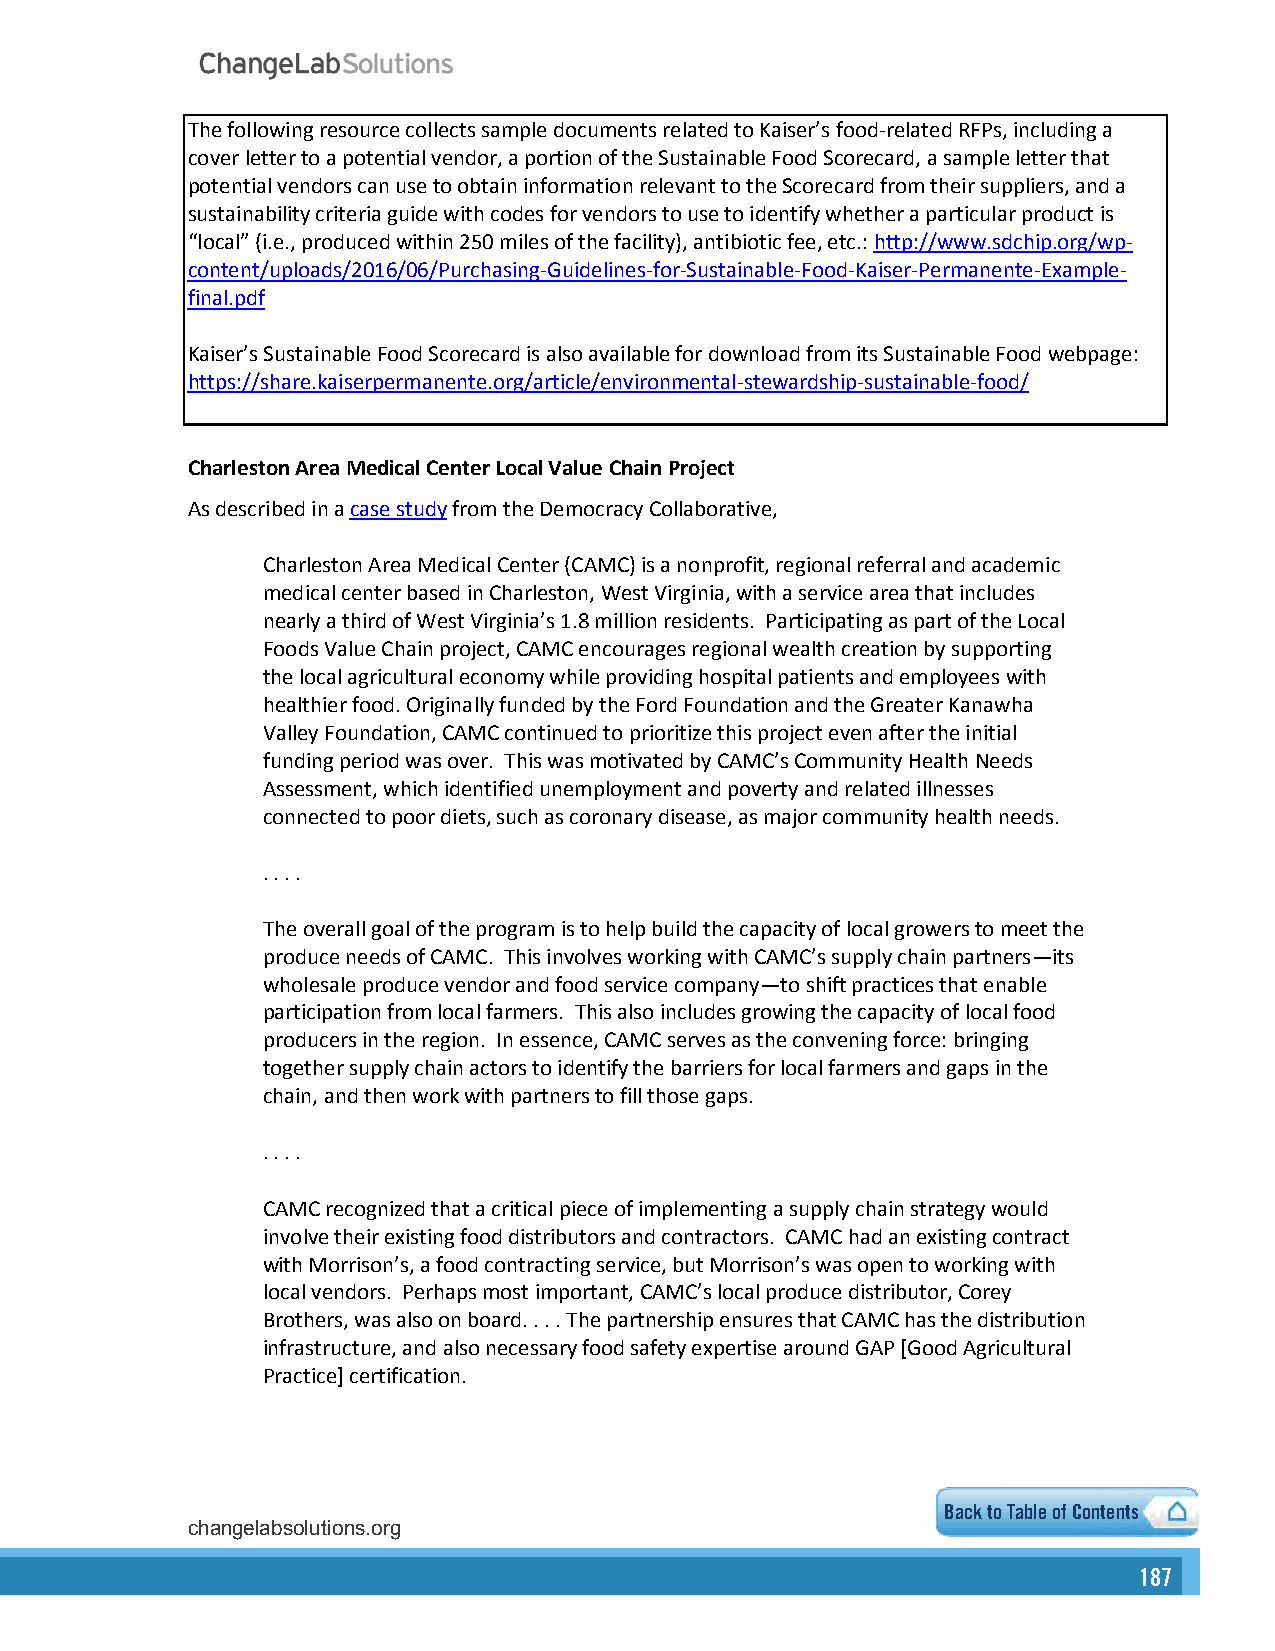
The following resource collects sample documents related to Kaiser’s food-related RFPs, including a
 cover letter to a potential vendor, a portion of the Sustainable Food Scorecard, a sample letter that
 potential vendors can use to obtain information relevant to the Scorecard from their suppliers, and a
 sustainability criteria guide with codes for vendors to use to identify whether a particular product is
 “local” (i.e., produced within 250 miles of the facility), antibiotic fee, etc.: http://www.sdchip.org/wp-
 content/uploads/2016/06/Purchasing-Guidelines-for-Sustainable-Food-Kaiser-Permanente-Example-
 final.pdf
 Kaiser’s Sustainable Food Scorecard is also available for download from its Sustainable Food webpage:
 https://share.kaiserpermanente.org/article/environmental-stewardship-sustainable-food/
 Charleston Area Medical Center Local Value Chain Project
 As described in a case study from the Democracy Collaborative,
 Charleston Area Medical Center (CAMC) is a nonprofit, regional referral and academic
 medical center based in Charleston, West Virginia, with a service area that includes
 nearly a third of West Virginia’s 1.8 million residents. Participating as part of the Local
 Foods Value Chain project, CAMC encourages regional wealth creation by supporting
 the local agricultural economy while providing hospital patients and employees with
 healthier food. Originally funded by the Ford Foundation and the Greater Kanawha
 Valley Foundation, CAMC continued to prioritize this project even after the initial
 funding period was over. This was motivated by CAMC’s Community Health Needs
 Assessment, which identified unemployment and poverty and related illnesses
 connected to poor diets, such as coronary disease, as major community health needs.
 . . . .
 The overall goal of the program is to help build the capacity of local growers to meet the
 produce needs of CAMC. This involves working with CAMC’s supply chain partners—its
 wholesale produce vendor and food service company—to shift practices that enable
 participation from local farmers. This also includes growing the capacity of local food
 producers in the region. In essence, CAMC serves as the convening force: bringing
 together supply chain actors to identify the barriers for local farmers and gaps in the
 chain, and then work with partners to fill those gaps.
 . . . .
 CAMC recognized that a critical piece of implementing a supply chain strategy would
 involve their existing food distributors and contractors. CAMC had an existing contract
 with Morrison’s, a food contracting service, but Morrison’s was open to working with
 local vendors. Perhaps most important, CAMC’s local produce distributor, Corey
 Brothers, was also on board. . . . The partnership ensures that CAMC has the distribution
 infrastructure, and also necessary food safety expertise around GAP [Good Agricultural
 Practice] certification.
 Back to Table of Contents
 changelabsolutions.org                                     5
 187